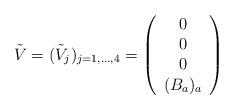
LaTeX: \begin{align*}\tilde{V}=(\tilde{V}_j)_ {j=1,\dots, 4}=\left(\begin{array}{c}0\\0\\0\\({B}_{a})_{a}\end{array}\right)\end{align*}